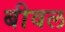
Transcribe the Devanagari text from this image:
बीवल